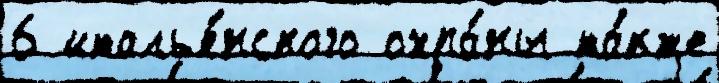
6 италья́нского охра́ны та́кже